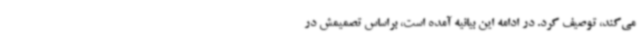
می‌کند، توصیف کرد. در ادامه این بیانیه آمده است، براساس تصمیمش در